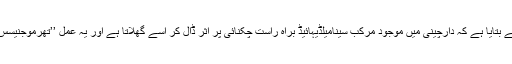
ماہرین نے نے بتایا ہے کہ دارچینی میں موجود مرکب سینامیلڈیہائیڈ براہِ راست چکنائی پر اثر ڈال کر اسے گھلاتا ہے اور یہ عمل ’’تھرموجنیسس‘‘ کہلاتا ہے۔